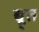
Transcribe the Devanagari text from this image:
द्यू्त